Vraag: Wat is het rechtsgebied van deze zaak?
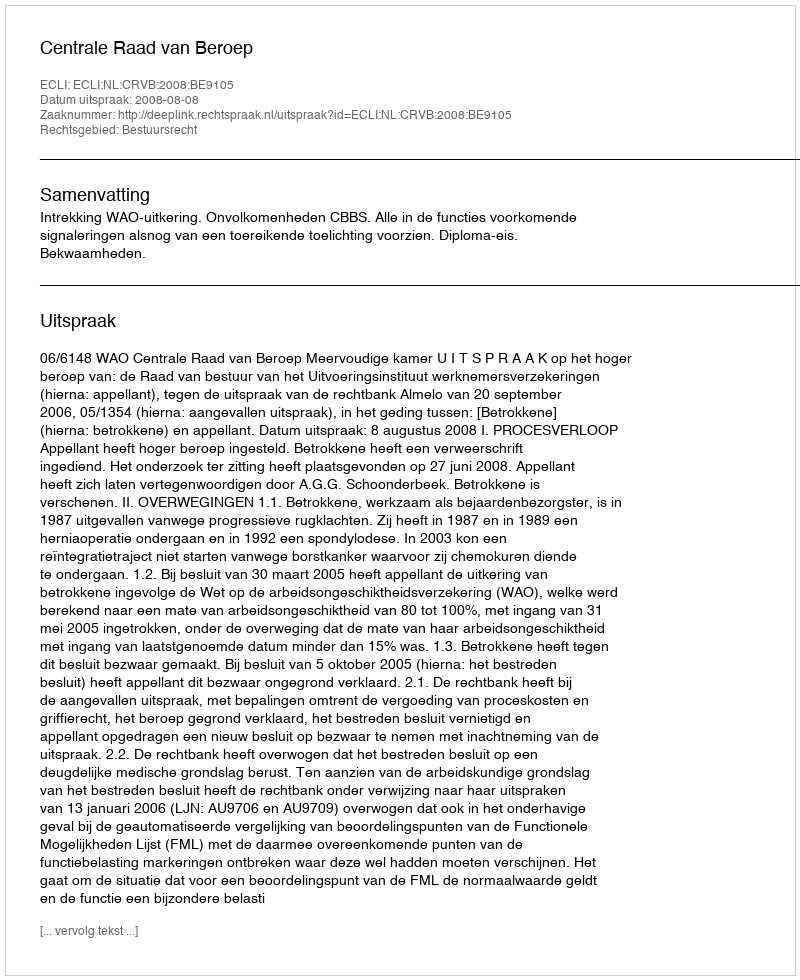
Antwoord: Bestuursrecht